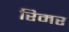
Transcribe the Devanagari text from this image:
रिमर